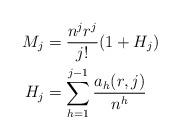
LaTeX: \begin{align*}M_j &= \frac{n^jr^j}{j!}(1+H_j) \\H_j &= \sum_{h = 1}^{j-1} \frac{a_h(r,j)}{n^h}\end{align*}